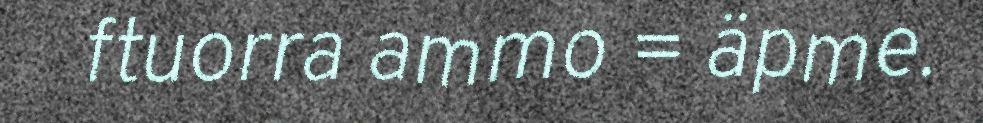
ftuorra ammo = äpme.